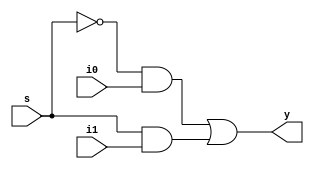
`timescale 1ns / 1ps
//////////////////////////////////////////////////////////////////////////////////
// Company: 
// Engineer: 
// 
// Design Name: 
// Module Name: mux_2X1
// Project Name: 
// Target Devices: 
// Tool Versions: 
// Description: 
// 
// Dependencies: 
// 
// Revision:
// Revision 0.01 - File Created
// Additional Comments:
// 
//////////////////////////////////////////////////////////////////////////////////


module mux_2X1(
    input i0,i1,s,
    output y
    );
    
    assign y=~s&i0|(s&i1);
endmodule